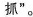
抓”。